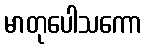
မာတုပေါသကော